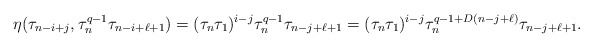
\begin{align*} \eta(\tau_{n-i+j}, \tau_n^{q-1}\tau_{n-i+\ell+1})=(\tau_n \tau_1)^{i-j} \tau_n^{q-1}\tau_{n-j+\ell+1}=(\tau_n \tau_1)^{i-j} \tau_n^{q-1+D(n-j+\ell)}\tau_{n-j+\ell+1}.\end{align*}